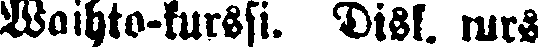
Waihto-kurssi. Disk. kurs